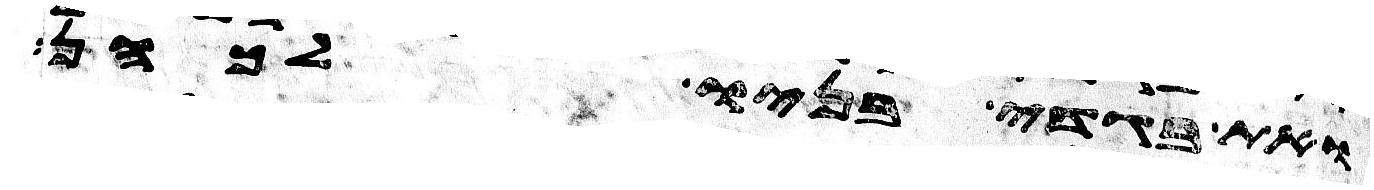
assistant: ואת בגדי בניו לכהן